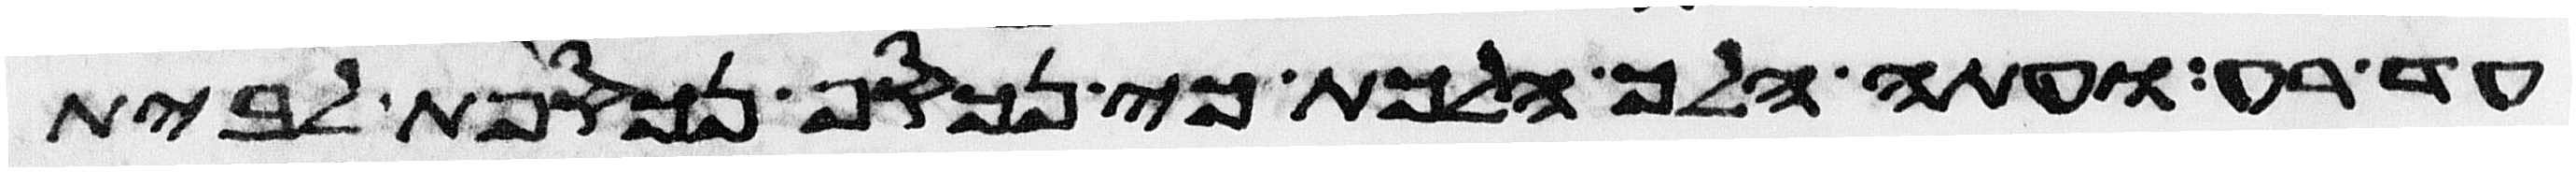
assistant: עד רע ועתה הלך הלכת כי נכסף נכספת לבית